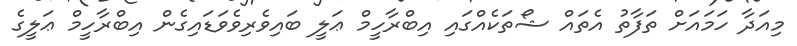
މިއަދާ ހަމައަށް ތަފާތު އެތައް ޝޯތަކެއްގައި އިބްރާހީމް ޢަލީ ބައިވެރިވެވަޑައިގެން އިބްރާހީމް ޢަލީގެ